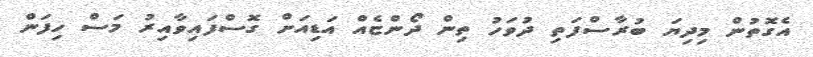
އެގޮތުން މިދިޔަ ބުރާސްފަތި ދުވަހު ތިން ދޯންޏެއް އަޑިއަށް ގޮސްފައިވާއިރު މަސް ހިފަން